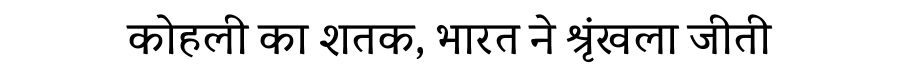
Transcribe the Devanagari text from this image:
कोहली का शतक, भारत ने श्रृंखला जीती